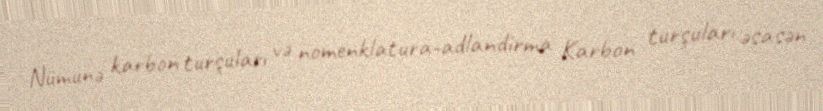
Nümunə karbon turşuları və nomenklatura-adlandirma Karbon turşuları əsasən